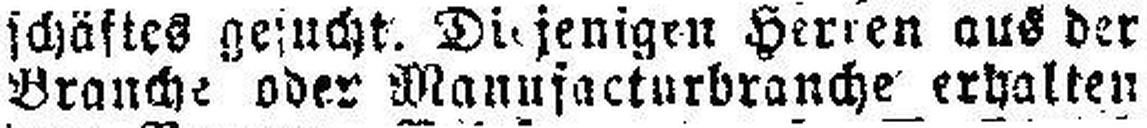
Brauche oder Manufacturbranche erhalten